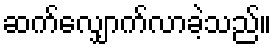
ဆက်လျှောက်လာခဲ့သည်။